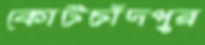
কোর্টচাঁদপুর